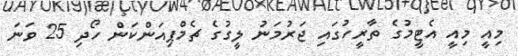
މިއީ މިއީ އެޓީމުގެ ތާރީހުގައި ޖަރުމަނު ލީގުގެ ޗެމްޕިއަންކަން ހޯދި 25 ވަނަ